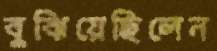
বুঝিয়েছিলেন